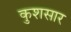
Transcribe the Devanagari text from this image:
कुशसार